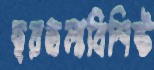
ছয়তলাবিশিষ্ট